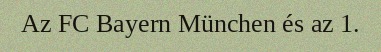
Az FC Bayern München és az 1.